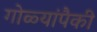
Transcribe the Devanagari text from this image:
गोळ्यांपैकी